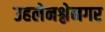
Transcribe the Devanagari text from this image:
उहलेनश्लेनगर